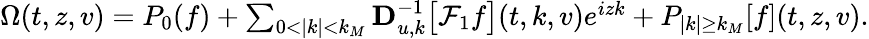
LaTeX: \begin{array}{r}{\Omega(t,z,v)=P_{0}(f)+\sum_{0<|k|<k_{M}}\mathbf{D}_{u,k}^{-1}\big[\mathcal{F}_{1}f\big](t,k,v)e^{izk}+P_{|k|\geq k_{M}}[f](t,z,v).}\end{array}